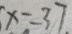
x = 3 7